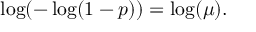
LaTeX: \log ( - \log ( 1 - p ) ) = \log ( \mu ) .